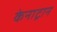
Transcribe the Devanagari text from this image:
केनाट्रान